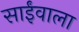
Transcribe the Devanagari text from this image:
साईंवाला